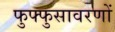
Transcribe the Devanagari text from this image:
फुफ्फुसावरणों